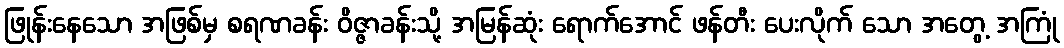
ဖြုန်းနေသော အဖြစ်မှ စရဏခန်း ဝိဇ္ဇာခန်းသို့ အမြန်ဆုံး ရောက်အောင် ဖန်တီး ပေးလိုက် သော အတွေ့ အကြုံ